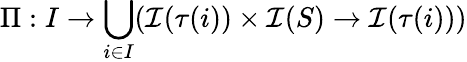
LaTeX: \Pi:I\rightarrow\bigcup_{i\in I}(\mathcal{I}(\tau(i))\times\mathcal{I}(S)\rightarrow\mathcal{I}(\tau(i)))